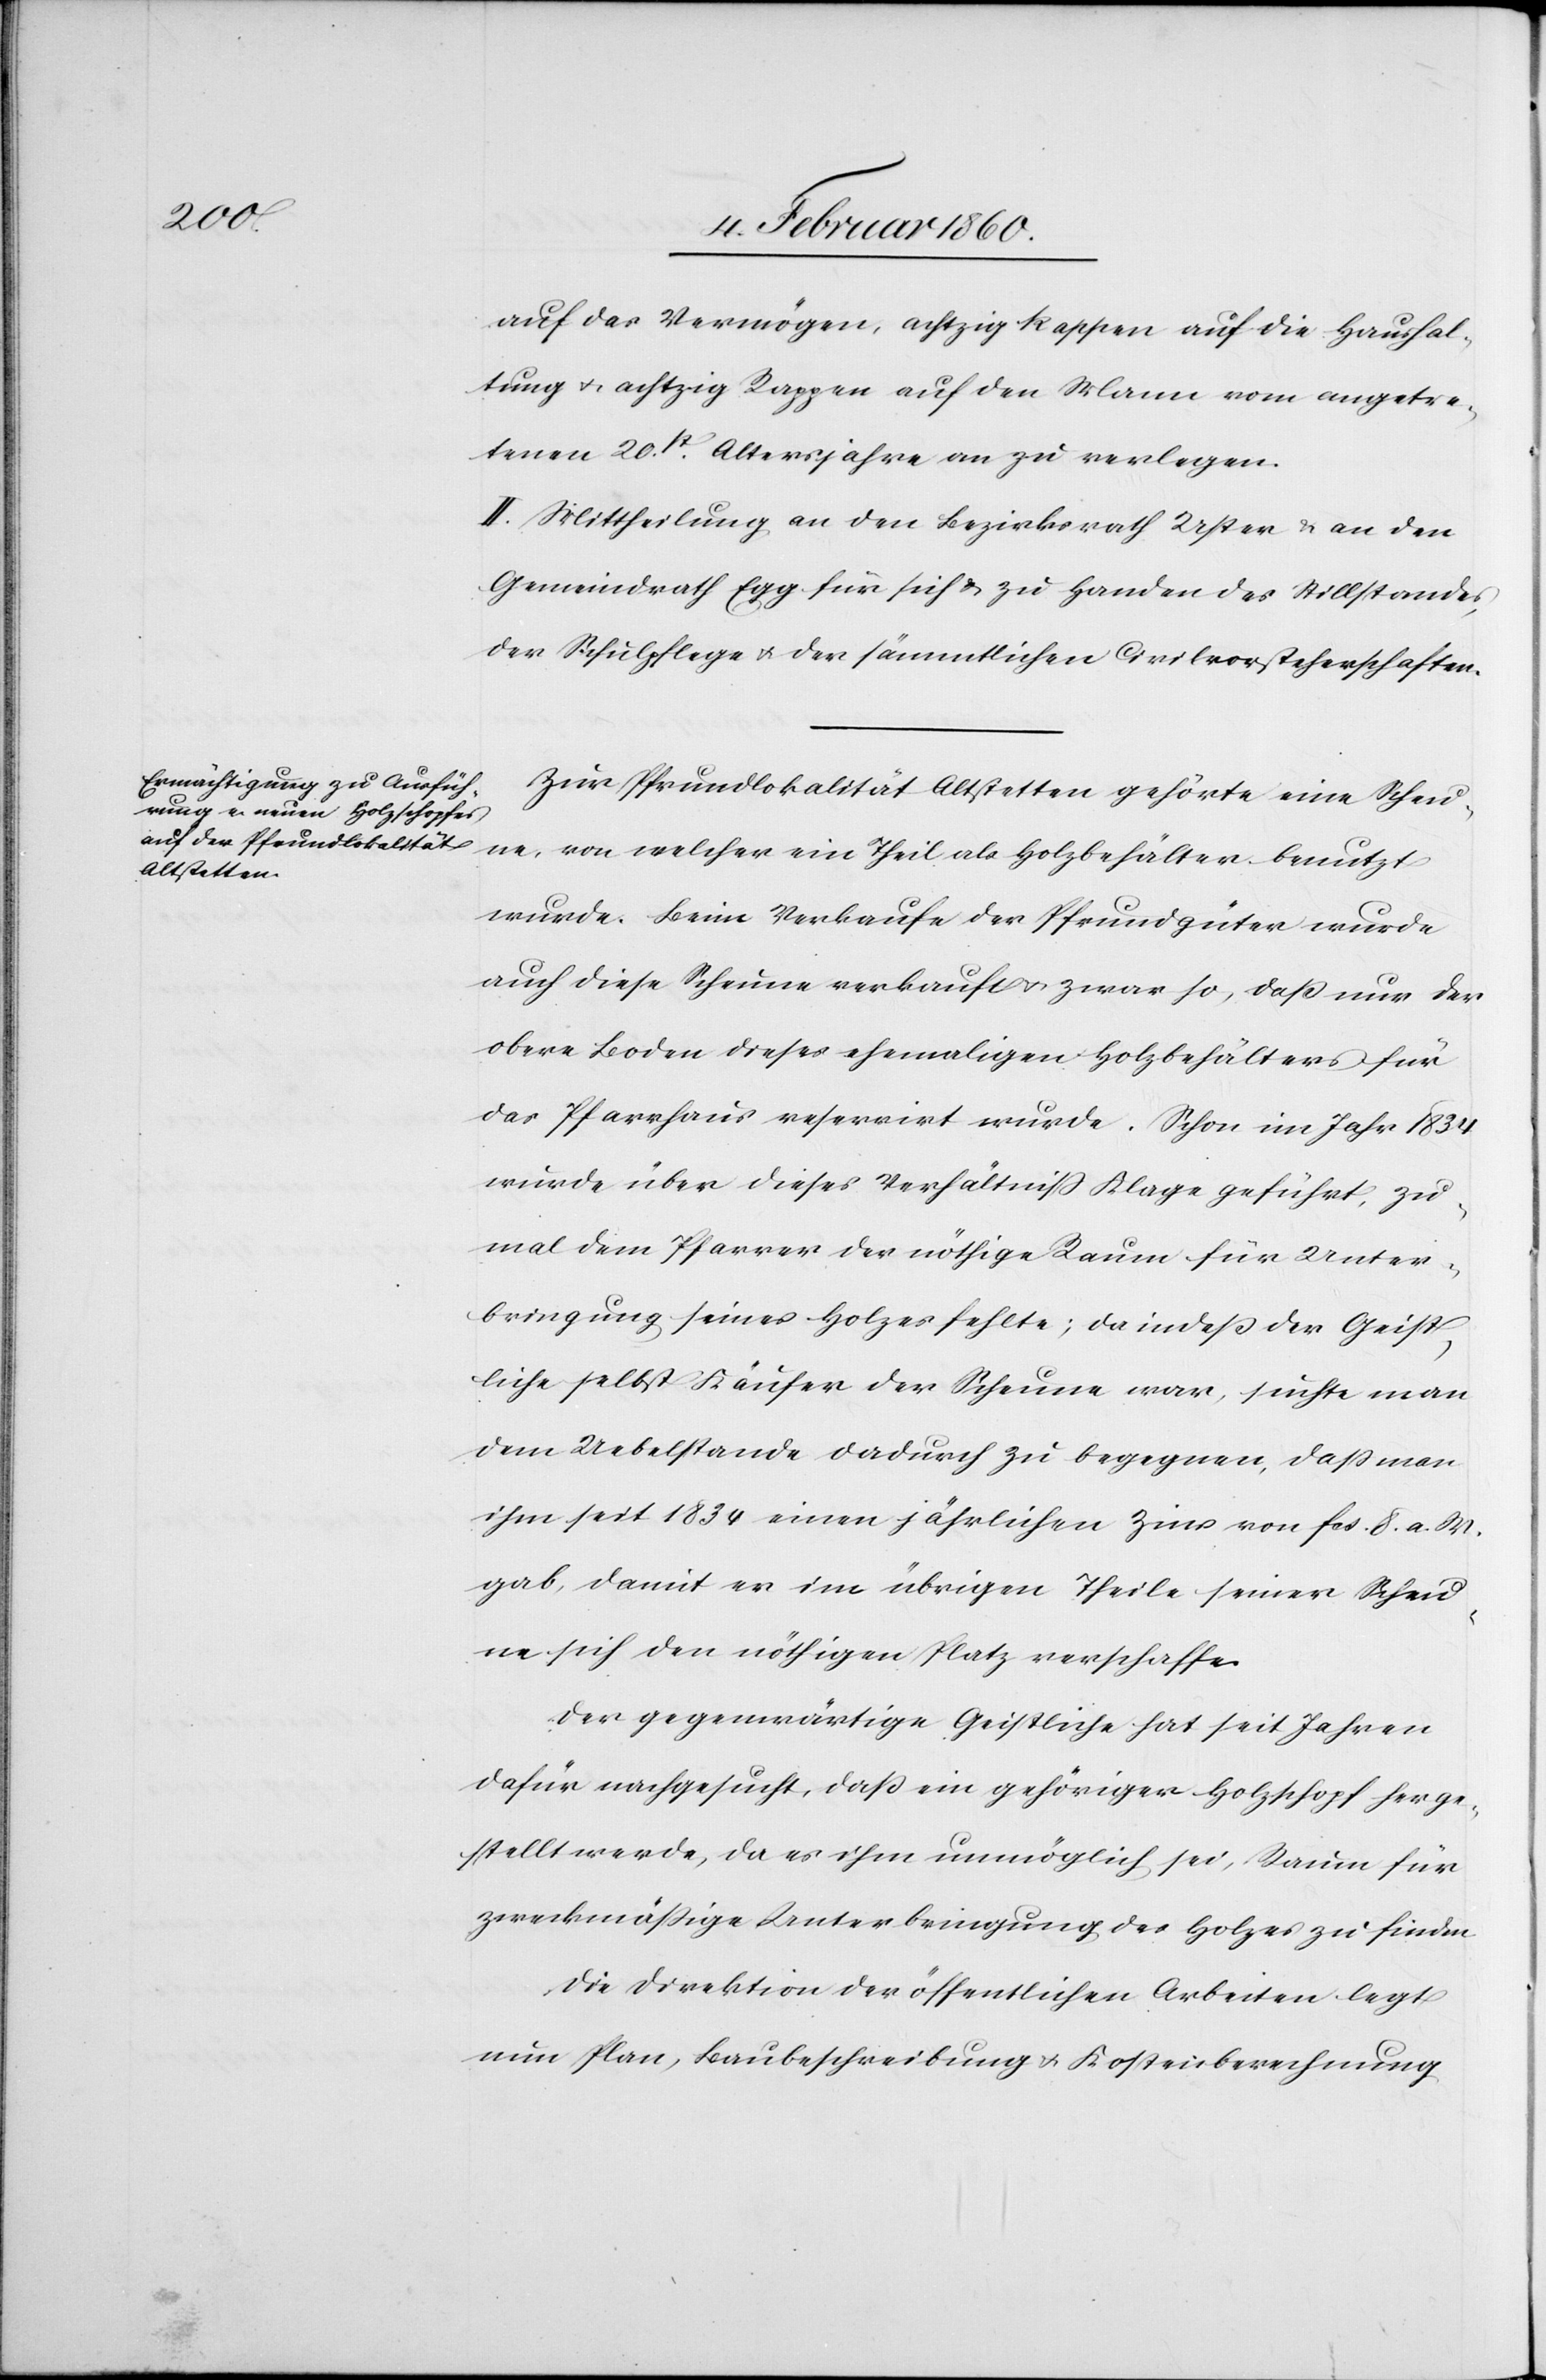
auf das Vermögen, achtzig Rappen auf die Haushal¬
tung u. achtzig Rappen auf den Mann vom angetre¬
tenen 20st Altersjahr an zu verlegen.
II. Mittheilung an den Bezirksrath Uster u. an den
Gemeindrath Egg für sich u. zu Handen des Stillstandes,
der Schulpflege u. der sämmtlichen Civilvorsteherschaften.
Zur Pfrundlokalität Altstetten gehörte eine Scheu¬
ne, von welcher ein Theil als Holzbehälter benutzt
wurde. Beim Verkaufe der Pfrundgüter wurde
auch diese Scheune verkauft u. zwar so, dass nur der
obere Boden dieses ehemaligen Holzbehälters für
das Pfarrhaus reservirt wurde. Schon im Jahr 1834.
wurde über dieses Verhältniss Klage geführt, zu
mal dem Pfarrer der nöthige Raum für Unter¬
bringung seines Holzes fehlte; da indess der Geist¬
liche selbst Käufer der Scheune war, suchte man
dem Uebelstande dadurch zu begegnen, dass man
ihm seit 1834 einen jährlichen Zins von fcs. 8. a. W.
gab, damit er im übrigen Theile seiner Scheu¬
ne sich den nöthigen Platz verschaffe.
Der gegenwärtige Geistliche hat seit Jahren
dafür nachgesucht, dass ein gehöriger Holzschopf herge¬
stellt werde, da es ihm unmöglich sei, Raum für
zweckmäßige Unterbringung des Holzes zu finden.
Die Direktion der öffentlichen Arbeiten legt
nun Plan, Baubeschreibung u. Kostenberechnung